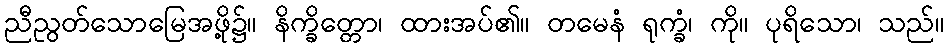
ညီညွတ်သောမြေအဖို့၌။ နိက္ခိတ္တော၊ ထားအပ်၏။ တမေနံ ရုက္ခံ၊ ကို။ ပုရိသော၊ သည်။